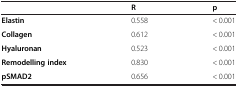
<table><thead><tr><td><b> </b></td><td><b>R</b></td><td><b>p</b></td></tr></thead><tbody><tr><td><b>Elastin</b></td><td>0.558</td><td>&lt; 0.001</td></tr><tr><td><b>Collagen</b></td><td>0.612</td><td>&lt; 0.001</td></tr><tr><td><b>Hyaluronan</b></td><td>0.523</td><td>&lt; 0.001</td></tr><tr><td><b>Remodelling index</b></td><td>0.830</td><td>&lt; 0.001</td></tr><tr><td><b>pSMAD2</b></td><td>0.656</td><td>&lt; 0.001</td></tr></tbody></table>